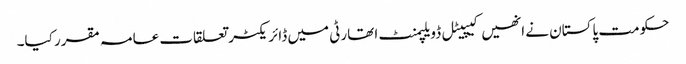
حکومت پاکستان نے انھیں کیپیٹل ڈویلپمنٹ ا تھارٹی میں ڈائریکٹر تعلقات عامہ مقرر کیا۔